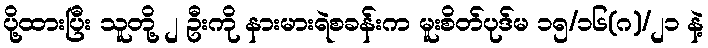
ပို့ထားပြီး သူတို့ ၂ ဦးကို နားမားရဲစခန်းက မူးစိတ်ပုဒ်မ ၁၅/၁၆(ဂ)/၂၁ နဲ့